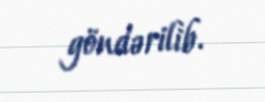
göndərilib.